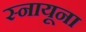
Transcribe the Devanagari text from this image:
स्नायूना